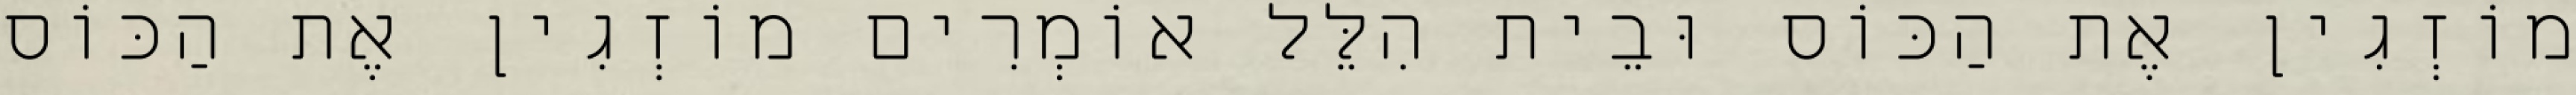
מוֹזְגִין אֶת הַכּוֹס וּבֵית הִלֵּל אוֹמְרִים מוֹזְגִין אֶת הַכּוֹס